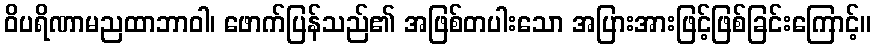
ဝိပရိဏာမညထာဘာဝါ၊ ဖောက်ပြန်သည်၏ အဖြစ်တပါးသော အပြားအားဖြင့်ဖြစ်ခြင်းကြောင့်။